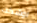
اوشكت